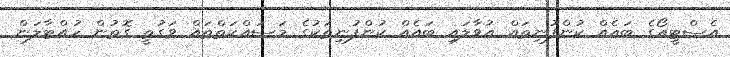
އެސްޓީއޯގެ ބައެއް ކުންފުނިތައް އުވާލައި ބައެއް ކުންފުނިތަކުގެ މަސައްކަތްތައް ވަގުތީ ގޮތުން ހުއްޓާލަން